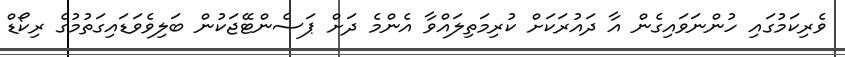
ވެރިކަމުގައި ހުންނަވައިގެން އާ ދައުރަކަށް ކުރިމަތިލައްވާ އެންމެ ދަށް ޕަސެންޓޭޖަކުން ބަލިވެވަޑައިގަތުމުގެ ރިކޯޑް